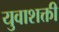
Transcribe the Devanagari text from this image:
युवाशक्ती